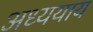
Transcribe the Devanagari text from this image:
अध्ययाय